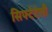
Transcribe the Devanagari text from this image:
सिफ्टेटेली